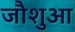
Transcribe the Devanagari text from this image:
जौशुआ